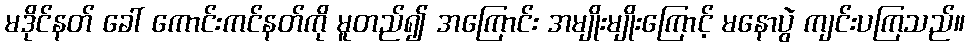
မဒိုင်နတ် ခေါ် ကောင်းကင်နတ်ကို မူတည်၍ အကြောင်း အမျိုးမျိုးကြောင့် မနောပွဲ ကျင်းပကြသည်။